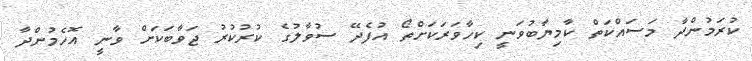
ކުރަމުންދާ މަސައްކަތް ކާމިޔާބުވަނީ ކިހާވަރަކަށްތޯ އުފެދޭ ސުވާލުގެ ކުރުކުރު ޖަވާބަކަށް ވާނީ އޮހެމުންދާ